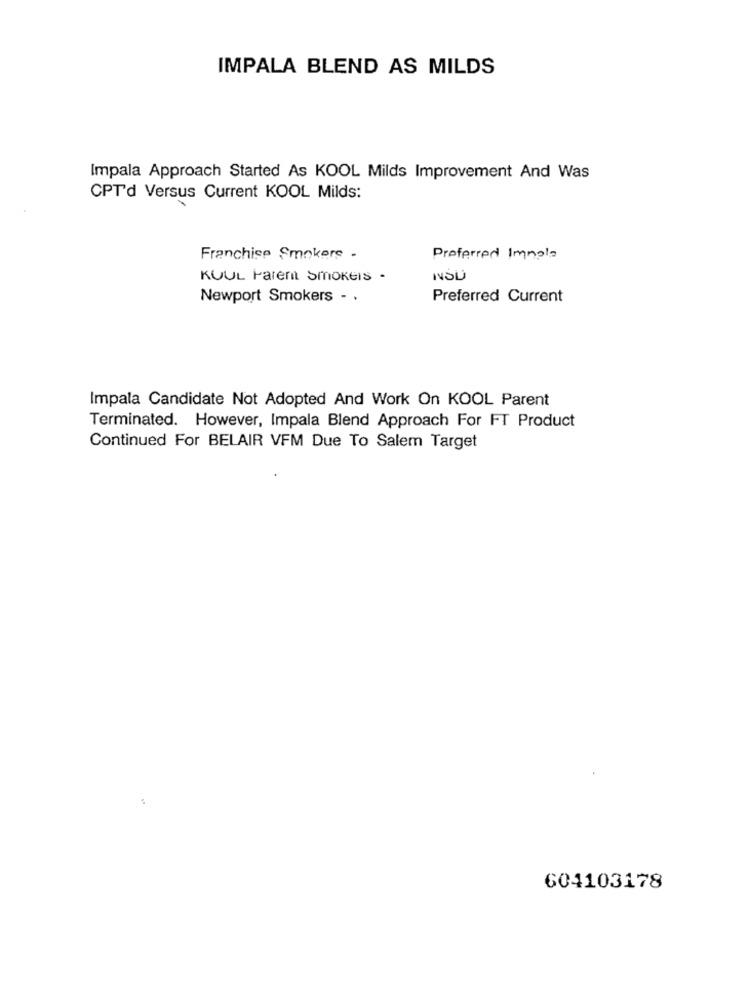
IMPALA BLEND AS MILDS
Impala Approach Started As KOOL Milds Improvement And Was
CPT'd Versus Current KOOL Milds:
Franchise Smokers -
Preferred Immola
KUUL Parent Smokers -
Newport Smokers - .
Preferred Current
Impala Candidate Not Adopted And Work On KOOL Parent
Terminated. However, Impala Blend Approach For FT Product
Continued For BELAIR VFM Due To Salem Target
604103178